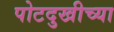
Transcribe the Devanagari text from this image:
पोटदुखीच्या